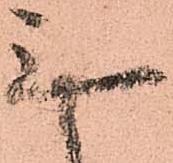
無